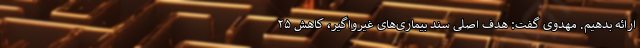
ارائه بدهیم. مهدوی گفت: هدف اصلی سند بیماری‌های غیرواگیر، کاهش ۲۵